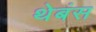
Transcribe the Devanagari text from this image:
थेबंस